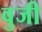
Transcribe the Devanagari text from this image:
वुजी